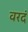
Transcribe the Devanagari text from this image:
वरदं